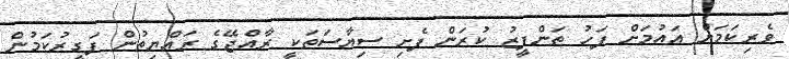
ވެރިކަމަށް އައުމަށް ފަހު ތަންފީޒު ކުރަން ފެށި ސިޔާސަތަކީ ރާއްޖޭގެ ރައްޔިތުން ފަގީރުކަމުން